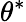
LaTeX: \theta^{*}